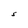
Character: S